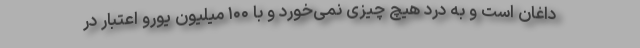
داغان است و به درد هیچ چیزی نمی‌خورد و با ۱۰۰ میلیون یورو اعتبار در